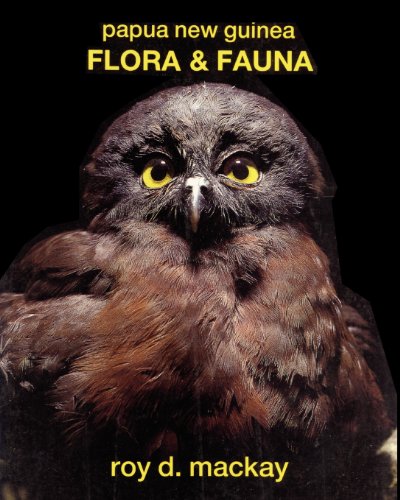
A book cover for Papua New Guinea Flora & Fauna; Roy D. Mackay; Travel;